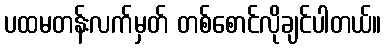
ပထမတန်းလက်မှတ် တစ်စောင်လိုချင်ပါတယ်။